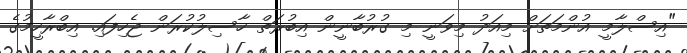
"އިސްލާމީ އުންމަތަށް މިއަދު މިވަނީ މި ގުރުބާނީން އިބުރަތް ހާސިލުކުރަން ޖެހިފައި. އިބްރާހީމުގެ